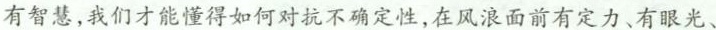
有智慧，我们才能懂得如何对抗不确定性，在风浪面前有定力、有眼光、